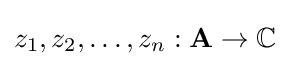
z_{1},z_{2},\dots ,z_{n}:\mathbf {A} \to \mathbb {C}